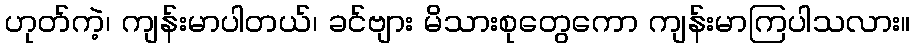
ဟုတ်ကဲ့၊ ကျန်းမာပါတယ်၊ ခင်ဗျား မိသားစုတွေကော ကျန်းမာကြပါသလား။